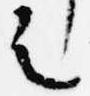
之